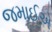
જમાઈએ